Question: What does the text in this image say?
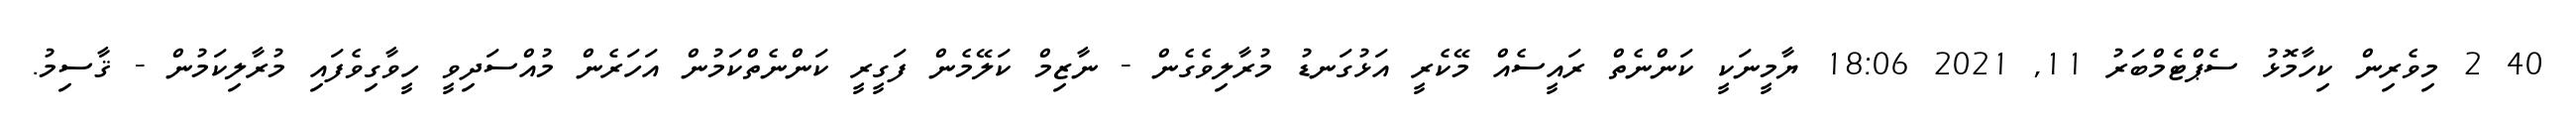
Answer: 40 2 މިވެރިން ކިހާމޮޅު ސެޕްޓެމްބަރު 11, 2021 18:06 ޔާމީނަކީ ކަންނެތް ރައީސެއް މޭކެރީ އަޅުގަނޑު މުރާލިވެގެން - ނާޒިމް ކަލޭމެން ފަގީރީ ކަންނެތްކަމުން އަހަރެން މުއްސަދިވީ ހީވާގިވެފައި މުރާލިކަމުން - ޤާސިމު.